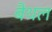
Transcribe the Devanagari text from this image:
बैथल